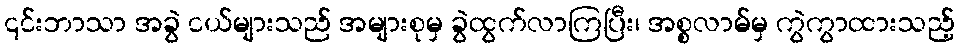
၎င်းဘာသာ အခွဲ ငယ်များသည် အများစုမှ ခွဲထွက်လာကြပြီး၊ အစ္စလာမ်မှ ကွဲကွာထားသည့်